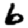
Digit: 6